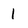
Character: 1